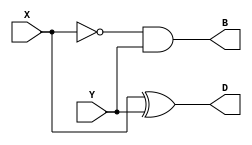
module HS(B, D, X, Y);

output B, D;
input X, Y;

wire notw1;

xor (D, X, Y);
not (notw1, X);
and (B, notw1, Y);

endmodule